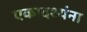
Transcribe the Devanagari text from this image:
एकादश्यंना